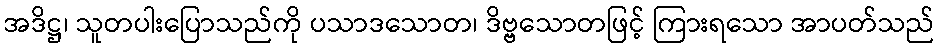
အဒိဋ္ဌ၊ သူတပါးပြောသည်ကို ပသာဒသောတ၊ ဒိဗ္ဗသောတဖြင့် ကြားရသော အာပတ်သည်